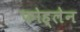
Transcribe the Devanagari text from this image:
फोह्लेन